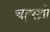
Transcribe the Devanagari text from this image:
चतुरश्रो